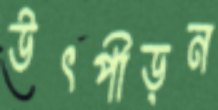
উৎপীড়ন